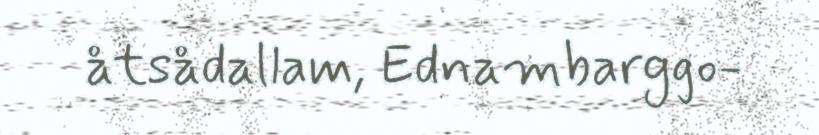
åtsådallam, Ednambarggo-